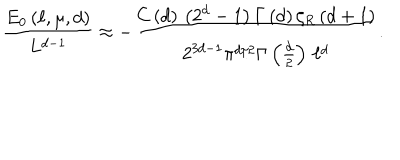
LaTeX: \frac { E _ { 0 } \left( \ell , \mu , d \right) } { L ^ { d - 1 } } \approx - \frac { C \left( d \right) \, \left( 2 ^ { d } - 1 \right) \Gamma \left( d \right) \zeta _ { R } \left( d + 1 \right) } { 2 ^ { 3 d - 1 } \pi ^ { d / 2 } \Gamma \left( \frac { d } { 2 } \right) \, \ell ^ { d } } .